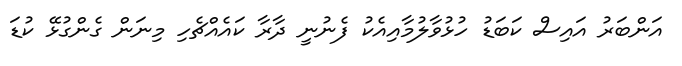
އަންބަރު އައިސް ކަބަޑު ހުޅުވާލުމާއިއެކު ފެނުނީ ދާރާ ކައެއްޗެހި މިނަން ގެންގުޅޭ ކުޑަ